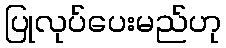
ပြုလုပ်ပေးမည်ဟု